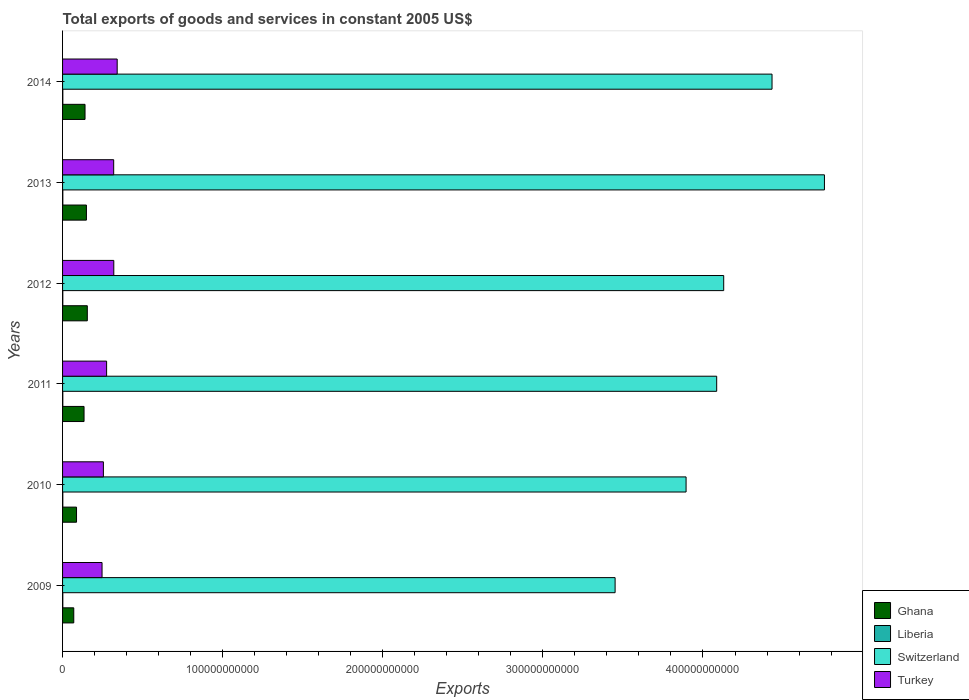
| Years | Ghana | Liberia | Switzerland | Turkey |
 | --- | --- | --- | --- | --- |
 | 2009 | 7e+09 | 1.51e+08 | 3.45e+11 | 2.47e+10 |
 | 2010 | 8.72e+09 | 1.53e+08 | 3.89e+11 | 2.55e+10 |
 | 2011 | 1.34e+10 | 1.55e+08 | 4.09e+11 | 2.75e+10 |
 | 2012 | 1.55e+10 | 1.57e+08 | 4.13e+11 | 3.2e+10 |
 | 2013 | 1.49e+10 | 1.6e+08 | 4.76e+11 | 3.19e+10 |
 | 2014 | 1.4e+10 | 1.62e+08 | 4.43e+11 | 3.41e+10 |